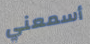
أسمعني